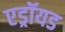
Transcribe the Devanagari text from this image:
एड्रॉयड